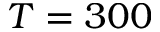
T = 3 0 0